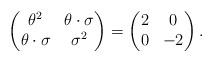
LaTeX: \begin{align*}\begin{pmatrix}\theta^2 & \theta\cdot\sigma \\\theta\cdot\sigma & \sigma^2\end{pmatrix}=\begin{pmatrix}2 & 0 \\0 & -2\end{pmatrix}.\end{align*}